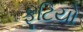
ફૂટિયો